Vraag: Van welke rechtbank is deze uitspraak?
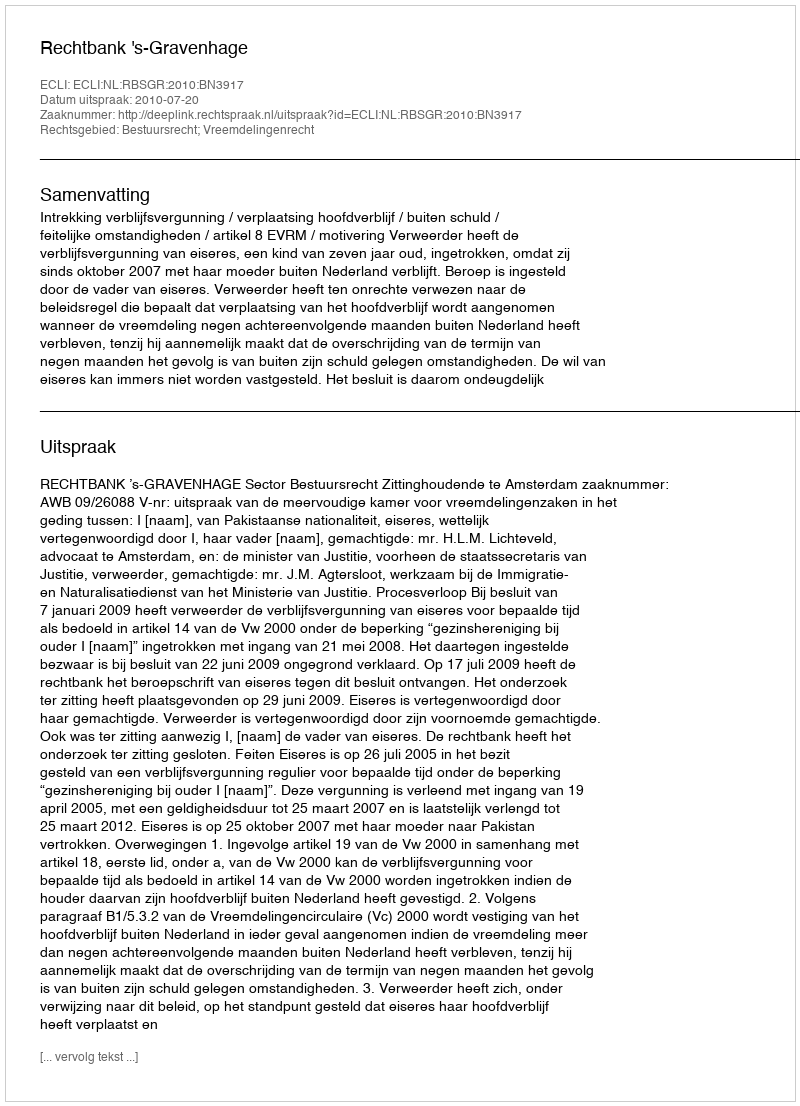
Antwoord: Rechtbank 's-Gravenhage